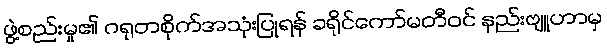
ဖွဲ့စည်းမှု၏ ဂရုတစိုက်အသုံးပြုရန် ခရိုင်ကော်မတီဝင် နည်းဗျူဟာမှ